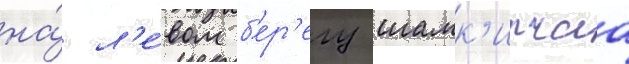
на́ л'е́вом б'ер'егу шамк'ирчаа